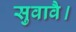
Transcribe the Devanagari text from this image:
सुवावै।